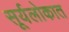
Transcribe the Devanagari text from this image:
सूर्यलोकात